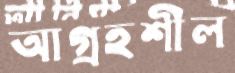
আগ্রহশীল